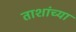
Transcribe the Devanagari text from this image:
ताशांच्या